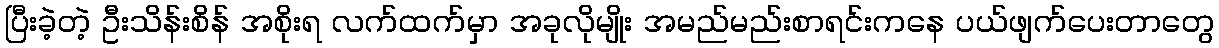
ပြီးခဲ့တဲ့ ဦးသိန်းစိန် အစိုးရ လက်ထက်မှာ အခုလိုမျိုး အမည်မည်းစာရင်းကနေ ပယ်ဖျက်ပေးတာတွေ